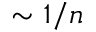
\sim 1 / n